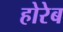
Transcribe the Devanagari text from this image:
होरेब